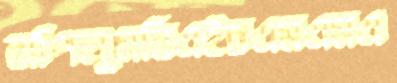
ঝাঁপলুমবিএইচএমএমএ